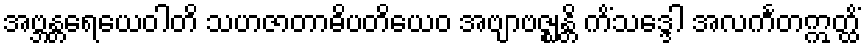
အဗ္ဘန္တရေယေဝါတိ သဟဇာတာဓိပတိယေဝ အဗျာဗဇ္ဈန္တိ ကိံသဒ္ဒေါ အလင်္ကတဣတ္ထိံ